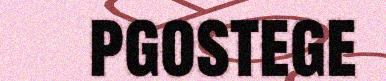
pgostege